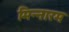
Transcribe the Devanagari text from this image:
मिन्नारम